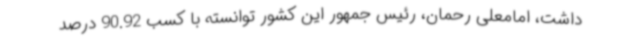
داشت، امامعلی رحمان، رئیس جمهور این کشور توانسته با کسب 90.92 درصد